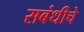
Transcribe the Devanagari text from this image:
सबंधीचे